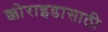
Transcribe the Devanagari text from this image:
क्कोराइडासाठी